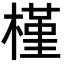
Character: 槿